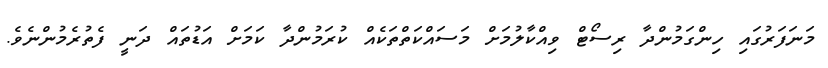
މަނަފަރުގައި ހިންގަމުންދާ ރިސޯޓް ވިއްކާލުމަށް މަސައްކަތްތަކެއް ކުރަމުންދާ ކަމަށް އަޑުތައް ދަނީ ފެތުރެމުންނެވެ.